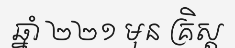
ឆ្នាំ ២២១ មុន គ្រិស្ត